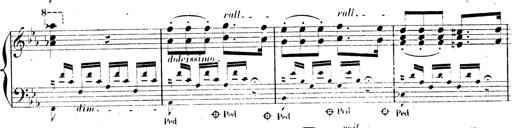
Title: AnnÃ©es de pÃ¨lerinage II, SupplÃ©ment
Composer: Franz Liszt